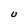
Character: U